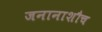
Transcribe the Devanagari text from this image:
जनानाशौच